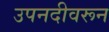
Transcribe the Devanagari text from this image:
उपनदीवरून